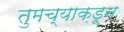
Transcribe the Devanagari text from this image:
तुमच्याक़डून